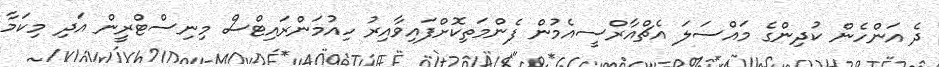
ދެ އަންހެން ކުދިންގެ މައްސަލަ އެޗްއާރްސީއެމުން ފެންމަތިކޮށްފައިވާއިރު ހިއުމަންރައިޓްސް މިނިސްޓްރީން އަދި މިކަމާ